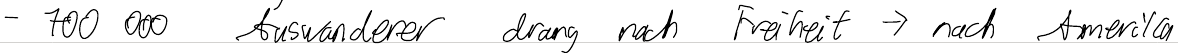
- 700000 Auswanderer drang nach Freiheit -> nach Amerika